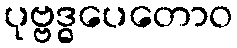
ပုဗ္ဗဒ္ဓပေတောဝ